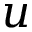
u